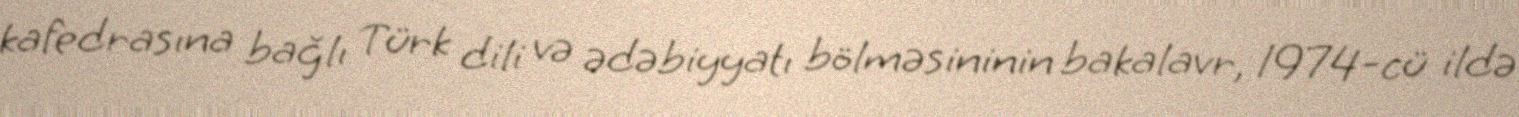
kafedrasına bağlı Türk dili və ədəbiyyatı bölməsininin bakalavr, 1974-cü ildə